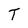
Character: T